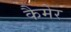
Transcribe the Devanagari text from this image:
कैमेर